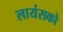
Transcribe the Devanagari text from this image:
लायंसको